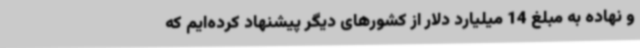
و نهاده به مبلغ 14 میلیارد دلار از کشورهای دیگر پیشنهاد کرده‌ایم که